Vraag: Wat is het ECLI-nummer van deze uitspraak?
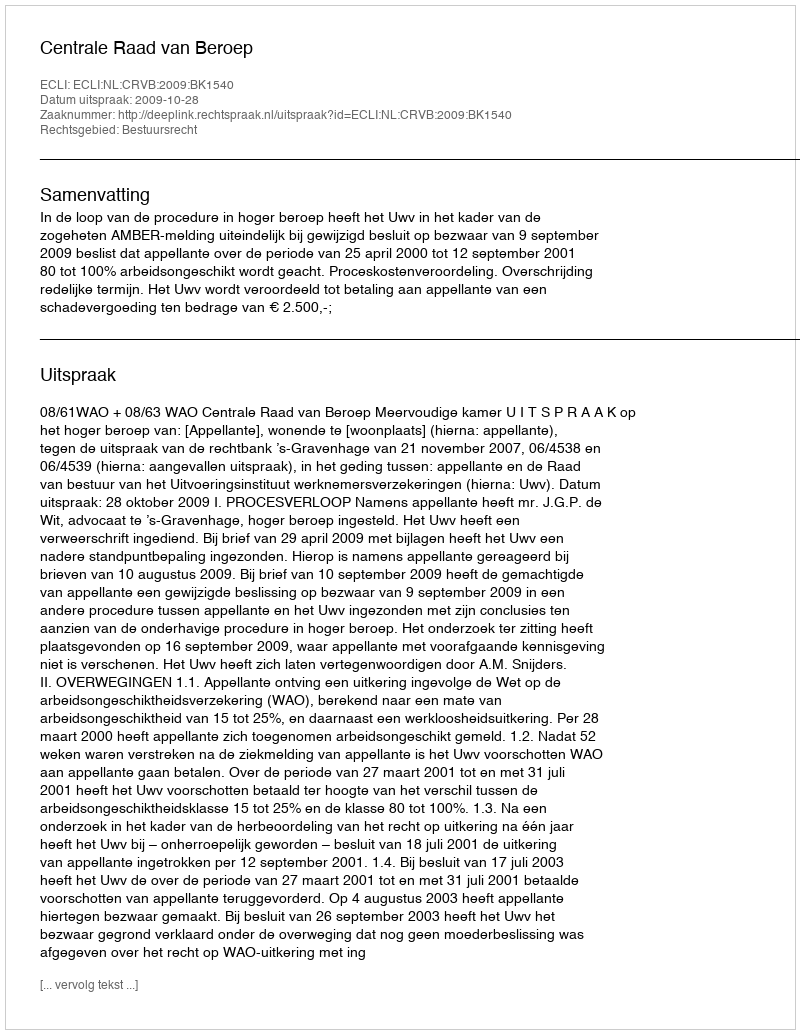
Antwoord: ECLI:NL:CRVB:2009:BK1540